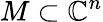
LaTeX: M\subset\mathbb{C}^{n}